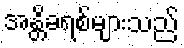
အန္တိခရစ်များသည်